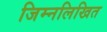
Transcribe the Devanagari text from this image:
जिम्नलिखित